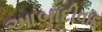
આબાદીવાદ